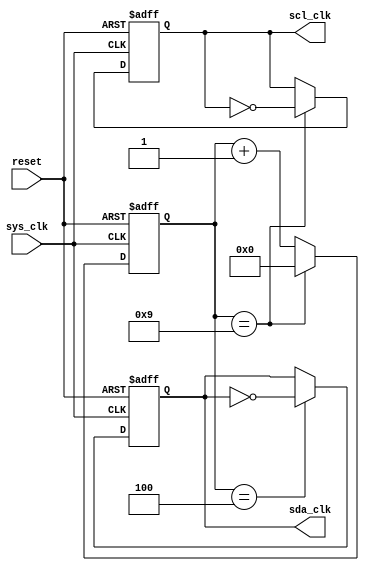
`timescale 1ns / 1ps
//////////////////////////////////////////////////////////////////////////////////
// Company: 
// Engineer: 
// 
// Design Name: 
// Module Name: i2c_master_prescaler
// Project Name: 
// Target Devices: 
// Tool Versions: 
// Description: 
// 
// Dependencies: 
// 
// Revision:
// Revision 0.01 - File Created
// Additional Comments:
// 
//////////////////////////////////////////////////////////////////////////////////


module i2c_master_prescaler #(parameter ihz = 8000000, parameter ohz = 400000)(
    output reg scl_clk,
    output reg sda_clk,
    input sys_clk,
    input reset
    );
    
    reg [4:0] i;
    
    always@ (posedge sys_clk, posedge reset) begin
        if(reset)
            i <= 0;
        else if (i == 9)
            i <= 0;
        else
            i <= i + 1;
    end
    
    always@ (posedge sys_clk, posedge reset) begin
        if(reset)
            scl_clk <= 1'b0;
        else if (i == 9)
            scl_clk <= ~scl_clk;
        else
            scl_clk <= scl_clk;
    end
    
    always@ (posedge sys_clk, posedge reset) begin
        if(reset)
            sda_clk <= 1'b0;
        else if (i == 4)
            sda_clk <= ~sda_clk;
        else
            sda_clk <= sda_clk;
    end
endmodule